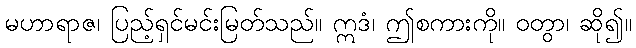
မဟာရာဇ၊ ပြည့်ရှင်မင်းမြတ်သည်။ ဣဒံ၊ ဤစကားကို။ ဝတွာ၊ ဆို၍။